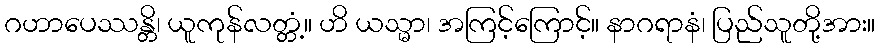
ဂဟာပေဿန္တိ၊ ယူကုန်လတ္တံ့။ ဟိ ယသ္မာ၊ အကြင့်ကြောင့်။ နာဂရာနံ၊ ပြည်သူတို့အား။